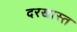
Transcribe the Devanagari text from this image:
दरखास्त